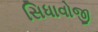
સિધાવોજી